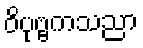
ဝိပုဗ္ဗကသညာ